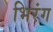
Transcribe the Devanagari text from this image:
भिरंग